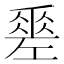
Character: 𢀩